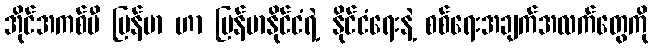
အိုင်အကစ်ပီ မြန်မာ ဟာ မြန်မာနိုင်ငံရဲ့ နိုင်ငံရေးနဲ့ စစ်ရေးအချက်အလက်တွေကို